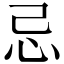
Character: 忌